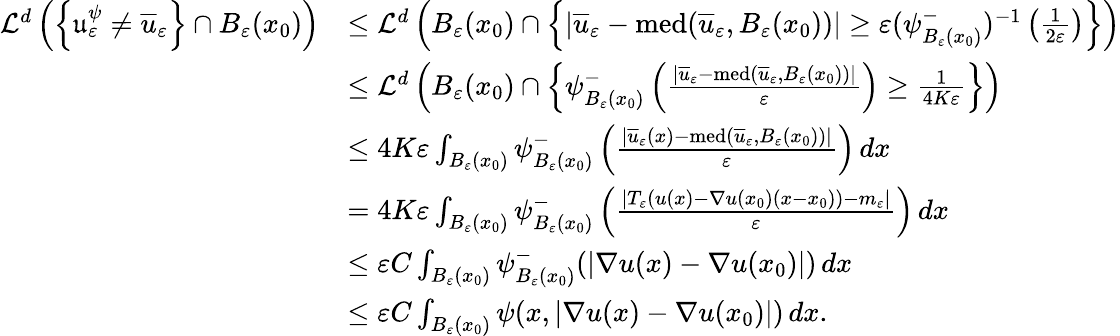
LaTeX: \begin{array}{rl}{\mathcal{L}^{d}\left(\left\{ \mathfrak{u}_{\varepsilon}^{\psi}\neq\overline{{u}}_{\varepsilon}\right\} \cap B_{\varepsilon}(x_{0})\right)}&{\leq\mathcal{L}^{d}\left(B_{\varepsilon}(x_{0})\cap\left\{ |\overline{{u}}_{\varepsilon}-\textnormal{med}(\overline{{u}}_{\varepsilon},B_{\varepsilon}(x_{0}))|\geq\varepsilon(\psi_{B_{\varepsilon}(x_{0})}^{-})^{-1}\left(\frac{1}{2\varepsilon}\right)\right\} \right)}\\ &{\leq\mathcal{L}^{d}\left(B_{\varepsilon}(x_{0})\cap\left\{ \psi_{B_{\varepsilon}(x_{0})}^{-}\left(\frac{|\overline{{u}}_{\varepsilon}-\textnormal{med}(\overline{{u}}_{\varepsilon},B_{\varepsilon}(x_{0}))|}{\varepsilon}\right)\geq\frac{1}{4K\varepsilon}\right\} \right)}\\ &{\leq 4K\varepsilon\int_{B_{\varepsilon}(x_{0})}\psi_{B_{\varepsilon}(x_{0})}^{-}\left(\frac{|\overline{{u}}_{\varepsilon}(x)-\textnormal{med}(\overline{{u}}_{\varepsilon},B_{\varepsilon}(x_{0}))|}{\varepsilon}\right)\, dx}\\ &{=4K\varepsilon\int_{B_{\varepsilon}(x_{0})}\psi_{B_{\varepsilon}(x_{0})}^{-}\left(\frac{|T_{\varepsilon}(u(x)-\nabla u(x_{0})(x-x_{0}))-m_{\varepsilon}|}{\varepsilon}\right)\, dx}\\ &{\leq\varepsilon C\int_{B_{\varepsilon}(x_{0})}\psi_{B_{\varepsilon}(x_{0})}^{-}(|\nabla u(x)-\nabla u(x_{0})|)\, dx}\\ &{\leq\varepsilon C\int_{B_{\varepsilon}(x_{0})}\psi(x,|\nabla u(x)-\nabla u(x_{0})|)\, dx.}\end{array}